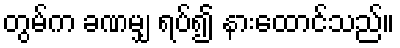
တွမ်က ခဏမျှ ရပ်၍ နားထောင်သည်။